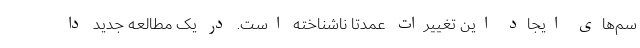
سم‌های ایجاد این تغییرات عمدتا ناشناخته است. در یک مطالعه جدید دا